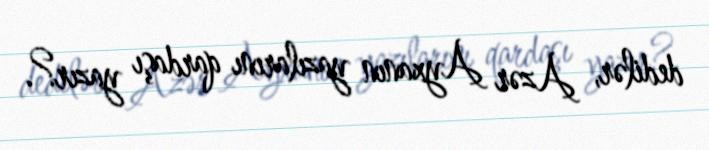
dedilər, Azər Ayxanın yazılarını qardaşı yazır?.